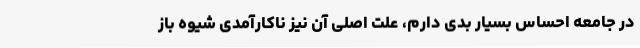
در جامعه احساس بسیار بدی دارم، علت اصلی آن نیز ناکارآمدی شیوه باز